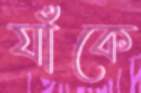
যাঁকে